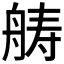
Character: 𮎍